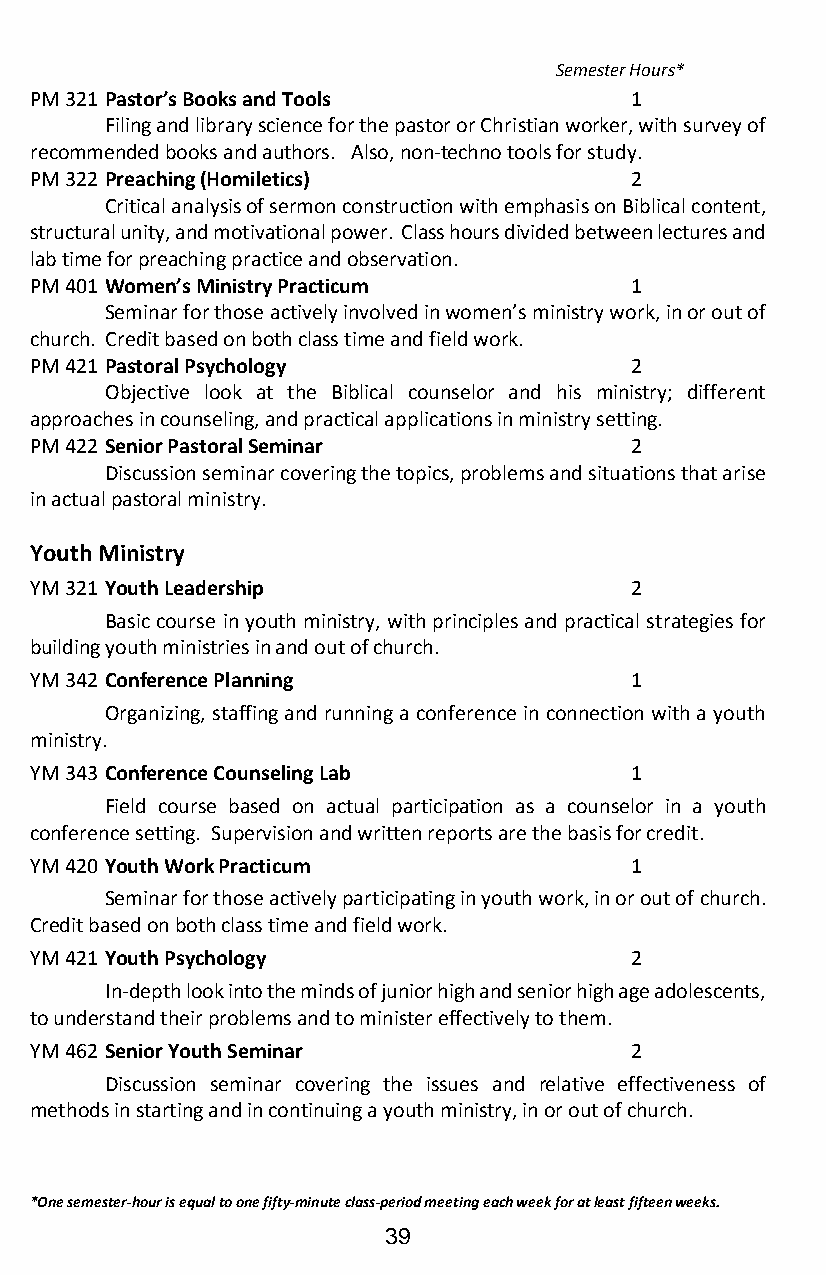
Semester Hours*
 PM 321 Pastor’s Books and Tools         1
 Filing and library science for the pastor or Christian worker, with survey of
 recommended books and authors. Also, non-techno tools for study.
 PM 322 Preaching (Homiletics)           2
 Critical analysis of sermon construction with emphasis on Biblical content,
 structural unity, and motivational power. Class hours divided between lectures and
 lab time for preaching practice and observation.
 PM 401 Women’s Ministry Practicum       1
 Seminar for those actively involved in women’s ministry work, in or out of
 church. Credit based on both class time and field work.
 PM 421 Pastoral Psychology              2
 Objective look at the Biblical counselor and his ministry; different
 approaches in counseling, and practical applications in ministry setting.
 PM 422 Senior Pastoral Seminar          2
 Discussion seminar covering the topics, problems and situations that arise
 in actual pastoral ministry.
 Youth Ministry
 YM 321 Youth Leadership                 2
 Basic course in youth ministry, with principles and practical strategies for
 building youth ministries in and out of church.
 YM 342 Conference Planning              1
 Organizing, staffing and running a conference in connection with a youth
 ministry.
 YM 343 Conference Counseling Lab        1
 Field course based on actual participation as a counselor in a youth
 conference setting. Supervision and written reports are the basis for credit.
 YM 420 Youth Work Practicum             1
 Seminar for those actively participating in youth work, in or out of church.
 Credit based on both class time and field work.
 YM 421 Youth Psychology                 2
 In-depth look into the minds of junior high and senior high age adolescents,
 to understand their problems and to minister effectively to them.
 YM 462 Senior Youth Seminar             2
 Discussion seminar covering the issues and relative effectiveness of
 methods in starting and in continuing a youth ministry, in or out of church.
 *One semester-hour is equal to one fifty-minute class-period meeting each week for at least fifteen weeks.
 39